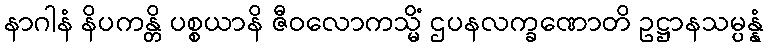
နာဂါနံ နိပကန္တိ ပစ္စယာနိ ဇီဝလောကသ္မိံ ဌပနလက္ခဏောတိ ဥဋ္ဌာနသမ္ပန္နံ